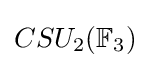
CSU_{2}(\mathbb {F} _{3})